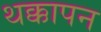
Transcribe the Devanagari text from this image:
थक्कापन